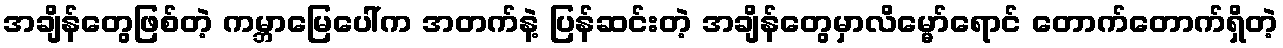
အချိန်တွေဖြစ်တဲ့ ကမ္ဘာမြေပေါ်က အတက်နဲ့ ပြန်ဆင်းတဲ့ အချိန်တွေမှာလိမ္မော်ရောင် တောက်တောက်ရှိတဲ့